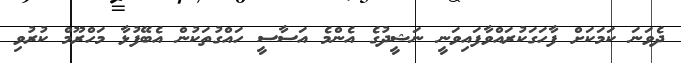
ދެވަނަ ކަމަކަށް ފާހަގަކުރައްވާފައިވަނީ ނަޝީދުގެ އެންމެ އަސާސީ ހައްގުތަކުން އެބޭފުޅާ މަހްރޫމް ކުރުވި